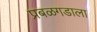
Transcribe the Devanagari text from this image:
प्रबळगडाला